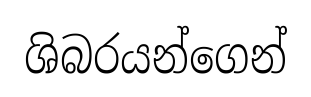
ශිබරයන්ගෙන්